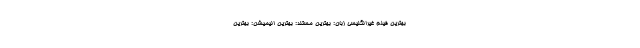
بهترین فیلم غیرانگلیسی زبان: بهترین مستند: بهترین انیمیشن: بهترین